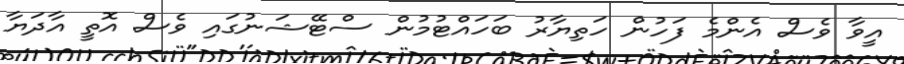
އީވާ ވެސް އެންމެ ފަހުން ހަތިޔާރު ބަހައްޓުމުން ސްޓޭޝަނުގައި ވެސް އޮތީ އާދަޔާ